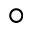
^ \circ